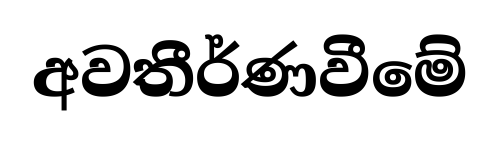
අවතීර්ණවීමේ